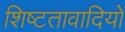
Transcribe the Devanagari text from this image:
शिष्टतावादियों